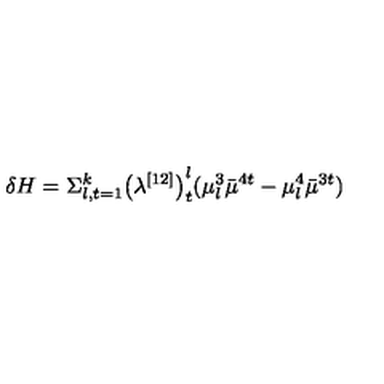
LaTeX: \delta H = \Sigma _ { l , t = 1 } ^ { k } { \bigl ( \lambda ^ { [ 1 2 ] } \bigr ) } _ { t } ^ { l } ( \mu _ { l } ^ { 3 } { \bar { \mu } } ^ { 4 t } - \mu _ { l } ^ { 4 } { \bar { \mu } } ^ { 3 t } )